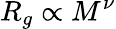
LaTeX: R_{g}\propto M^{\nu}